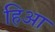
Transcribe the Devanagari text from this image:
हिआ